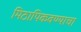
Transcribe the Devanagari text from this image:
मिठापिकवण्याचा